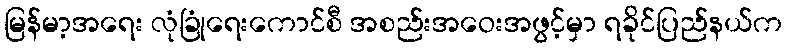
မြန်မာ့အရေး လုံခြုံရေးကောင်စီ အစည်းအဝေးအဖွင့်မှာ ရခိုင်ပြည်နယ်က